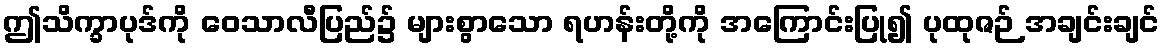
ဤသိက္ခာပုဒ်ကို ဝေသာလီပြည်၌ များစွာသော ရဟန်းတို့ကို အကြောင်းပြု၍ ပုထုဇဉ် အချင်းချင်